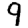
Digit: 9